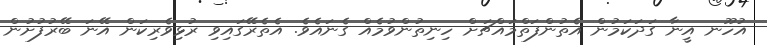
އުހޫނ އީނާ ގަދަކަމުން އެތުންފަތްމައްޗަށް ހިނިތުންވުމެއް ގެނައެވެ. އެތެރޭގައިވި ރުޅިވެރިކަން އޭނަ ބޭރުފުށުން